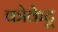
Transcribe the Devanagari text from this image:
कोकेटू